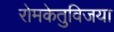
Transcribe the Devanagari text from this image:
रोमकेतुविजया